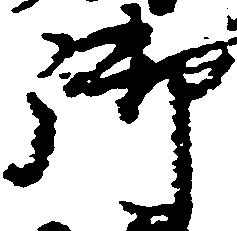
御